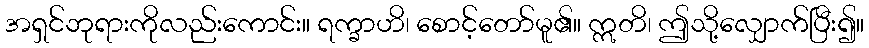
အရှင်ဘုရားကိုလည်းကောင်း။ ရက္ခာဟိ၊ စောင့်တော်မူ၏။ ဣတိ၊ ဤသို့လျှောက်ပြီး၍။